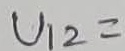
Text: U12=